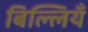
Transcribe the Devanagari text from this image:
बिल्लियँ